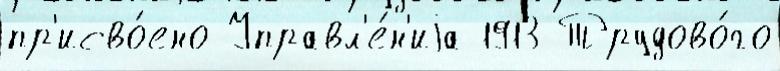
пр'исво́ено Управл'е́н'иjа 1913 Трудово́го